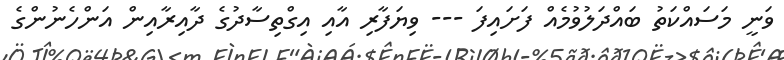
ވަނީ މަސައްކަތު ބައްދަލުވުމެއް ފަށައިފަ --- ވިޔަފާރި އާއި އިގްތިސާދުގެ ދާއިރާއިން އަންހެނުންގެ